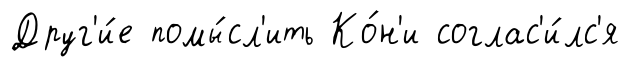
Друг'и́е помы́сл'ить Ко́н'и соглас'и́лс'я